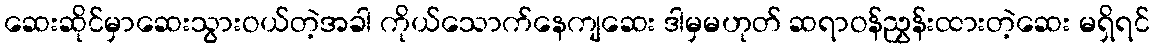
ဆေးဆိုင်မှာဆေးသွားဝယ်တဲ့အခါ ကိုယ်သောက်နေကျဆေး ဒါမှမဟုတ် ဆရာဝန်ညွှန်းထားတဲ့ဆေး မရှိရင်